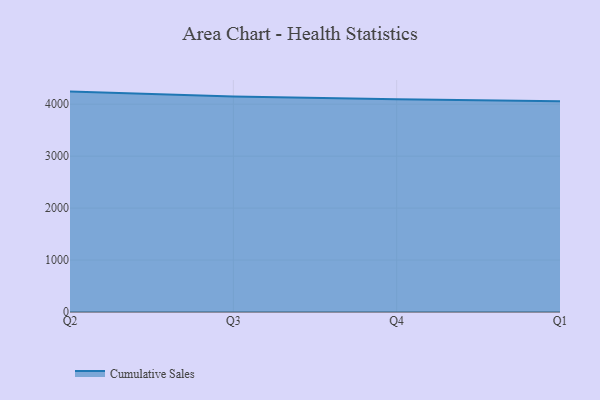
{"axis": {"x": "Quarter", "y": "Conversion Rate (%)"}, "legend": ["Cumulative Sales"], "data": [{"x": "Q2", "y": 4242.6, "type": "Cumulative Sales"}, {"x": "Q3", "y": 4148.9, "type": "Cumulative Sales"}, {"x": "Q4", "y": 4094.1, "type": "Cumulative Sales"}, {"x": "Q1", "y": 4056.3, "type": "Cumulative Sales"}]}